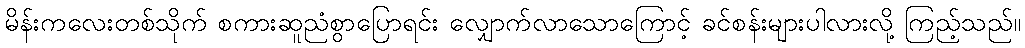
မိန်းကလေးတစ်သိုက် စကားဆူညံစွာပြောရင်း လျှောက်လာသောကြောင့် ခင်စန်းများပါလားလို့ ကြည့်သည်။